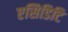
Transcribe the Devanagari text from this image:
एसिडिटि